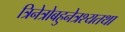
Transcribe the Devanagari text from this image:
त्रिनेत्रोबहुनेत्रश्यतथा